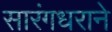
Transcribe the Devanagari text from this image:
सारंगधराने